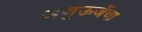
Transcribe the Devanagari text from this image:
अणुऊर्जेचा